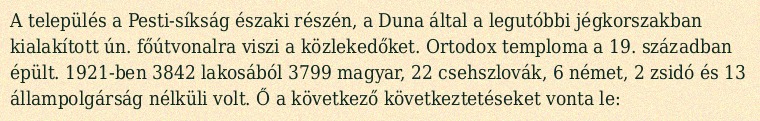
A település a Pesti-síkság északi részén, a Duna által a legutóbbi jégkorszakban kialakított ún. főútvonalra viszi a közlekedőket. Ortodox temploma a 19. században épült. 1921-ben 3842 lakosából 3799 magyar, 22 csehszlovák, 6 német, 2 zsidó és 13 állampolgárság nélküli volt. Ő a következő következtetéseket vonta le: